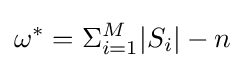
\omega ^{*}=\Sigma _{i=1}^{M}|S_{i}|-n